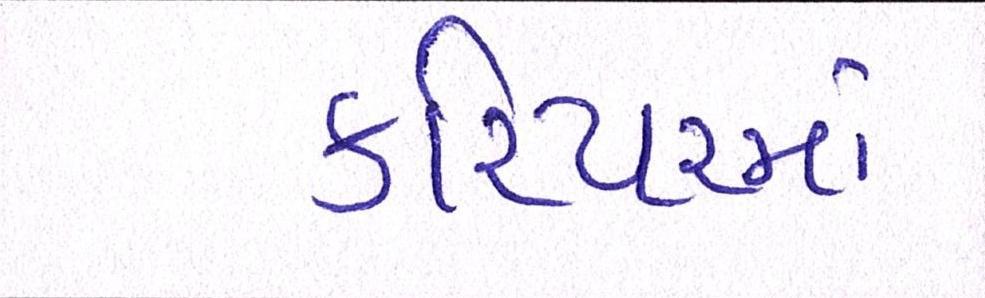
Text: કરિયરમાં